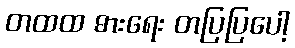
တထထ ဓားရေး တပြပြပေါ့